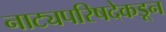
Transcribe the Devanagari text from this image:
नाट्यपरिषदेकडून